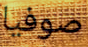
صوفيا